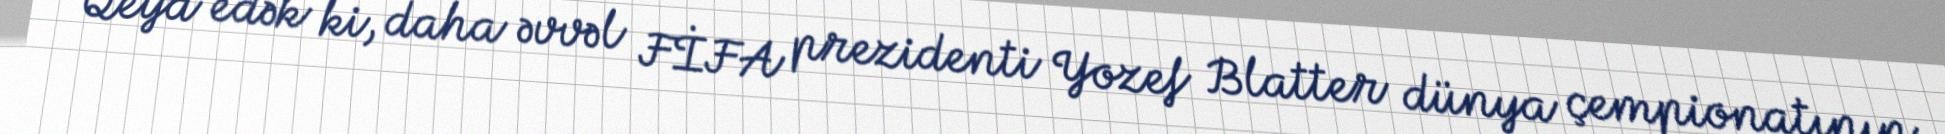
Qeyd edək ki, daha əvvəl FİFA prezidenti Yozef Blatter dünya çempionatının